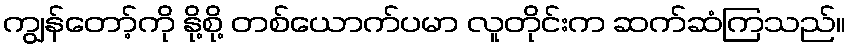
ကျွန်တော့်ကို နို့စို့ တစ်ယောက်ပမာ လူတိုင်းက ဆက်ဆံကြသည်။